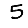
Digit: 5